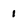
Character: I